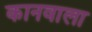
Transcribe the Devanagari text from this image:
कानवाला